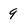
Character: 9